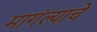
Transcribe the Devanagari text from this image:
मागंल्याचे